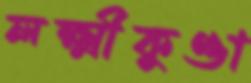
লক্ষ্মীকুণ্ডা